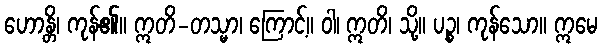
ဟောန္တိ၊ ကုန်၏။ ဣတိ-တသ္မာ၊ ကြောင့်။ ဝါ၊ ဣတိ၊ သို့။ ပဉ္စ၊ ကုန်သော။ ဣမေ